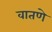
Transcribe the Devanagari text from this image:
वातणे